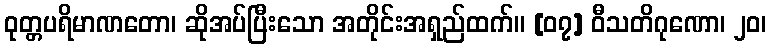
ဝုတ္တပရိမာဏတော၊ ဆိုအပ်ပြီးသော အတိုင်းအရှည်ထက်။ [၀၇] ဝီသတိဂုဏော၊ ၂၀၊